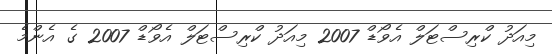
މިއަދު ކްރިސްޓަލް އެވޯޑް 2007 މިއަދު ކްރިސްޓަލް އެވޯޑް 2007 ގެ އެންމެ